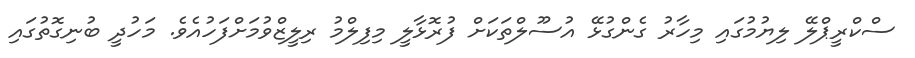
ސްކްރީޕްލޭ ލިޔުމުގައި މިހާރު ގެންގުޅޭ އުސޫލްތަކަށް ފުރޮޅާލީ މިފިލްމު ރިލީޒްވުމަށްފަހުއެވެ. މަހުދީ ބުނިގޮތުގައި